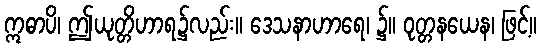
ဣဓာပိ၊ ဤယုတ္တိဟာရ၌လည်း။ ဒေသနာဟာရေ၊ ၌။ ဝုတ္တနယေန၊ ဖြင့်။